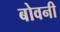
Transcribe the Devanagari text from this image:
बोवनी